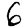
Digit: 6